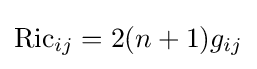
\operatorname {Ric} _{ij}=2(n+1)g_{ij}